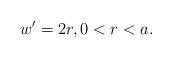
LaTeX: \begin{align*} w' = 2r, 0 < r < a.\end{align*}